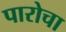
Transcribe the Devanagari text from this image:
पारोचा